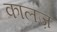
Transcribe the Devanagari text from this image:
कालज़